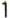
1